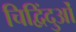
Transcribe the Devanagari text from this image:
चिद्विंदुओं